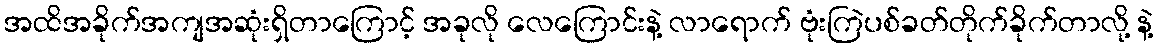
အထိအခိုက်အကျအဆုံးရှိတာကြောင့် အခုလို လေကြောင်းနဲ့ လာရောက် ဗုံးကြဲပစ်ခတ်တိုက်ခိုက်တာလို့ နဲ့